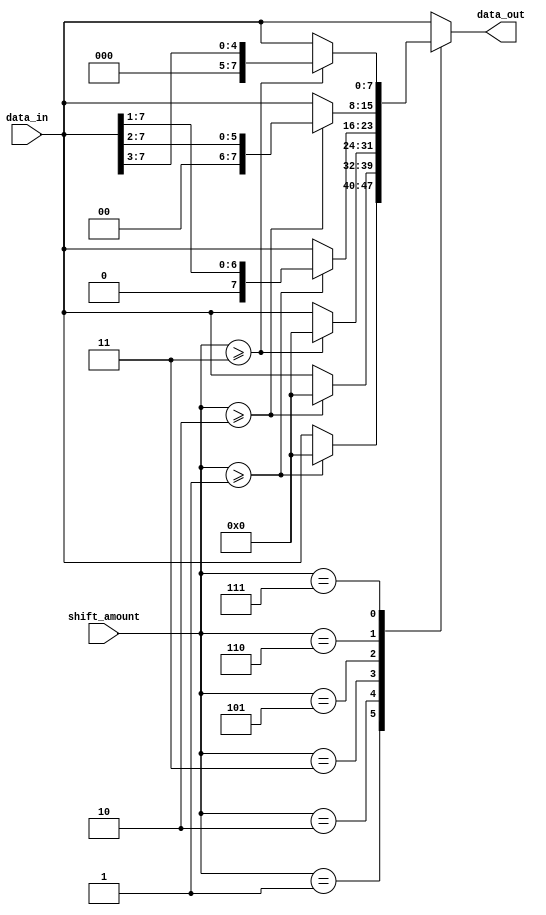
module sparse_barrel_shifter (
    input [7:0] data_in,
    input [3:0] shift_amount,
    output reg [7:0] data_out
);

reg [7:0] shifted_data[0:7];

always @(*)
begin
    // ALU 0 - shift left by 0
    shifted_data[0] = data_in;
    
    // ALU 1 - shift left by 1
    shifted_data[1] = (shift_amount >= 1) ? {data_in[6:0], 0} : data_in;
    
    // ALU 2 - shift left by 2
    shifted_data[2] = (shift_amount >= 2) ? {data_in[5:0], 00} : data_in;
    
    // ALU 3 - shift left by 3
    shifted_data[3] = (shift_amount >= 3) ? {data_in[4:0], 000} : data_in;
    
    // ALU 4 - shift right by 0
    shifted_data[4] = data_in;
    
    // ALU 5 - shift right by 1
    shifted_data[5] = (shift_amount >= 1) ? {0, data_in[7:1]} : data_in;
    
    // ALU 6 - shift right by 2
    shifted_data[6] = (shift_amount >= 2) ? {00, data_in[7:2]} : data_in;
    
    // ALU 7 - shift right by 3
    shifted_data[7] = (shift_amount >= 3) ? {000, data_in[7:3]} : data_in;
    
    // Output data based on shift amount
    case(shift_amount)
        0: data_out = shifted_data[0];
        1: data_out = shifted_data[1];
        2: data_out = shifted_data[2];
        3: data_out = shifted_data[3];
        4: data_out = shifted_data[4];
        5: data_out = shifted_data[5];
        6: data_out = shifted_data[6];
        7: data_out = shifted_data[7];
        default: data_out = data_in;
    endcase
end

endmodule